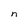
Character: n